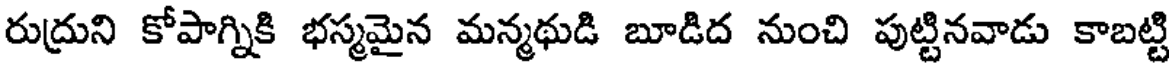
రుద్రుని కోపాగ్నికి భస్మమైన మన్మథుడి బూడిద నుంచి పుట్టినవాడు కాబట్టి